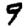
Digit: 9